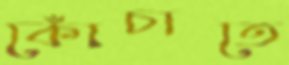
কোঁচাতে